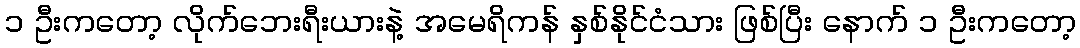
၁ ဦးကတော့ လိုက်ဘေးရီးယားနဲ့ အမေရိကန် နှစ်နိုင်ငံသား ဖြစ်ပြီး နောက် ၁ ဦးကတော့